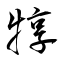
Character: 犉